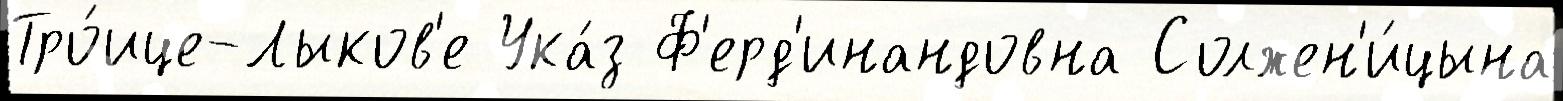
Тро́ице-Лыков'е Ука́з Ф'ерд'инандовна Солжен'и́цына